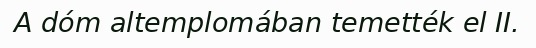
A dóm altemplomában temették el II.